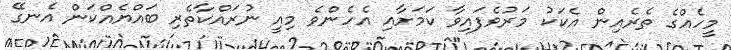
މީހެއްގެ ތެރެއިން އެކަކު މަރުވެފައިވާ ކަމަށާއި އެހެންވެ މިއީ ނުރައްކާތެރި ބައްޔެއްކަން އެނގޭ